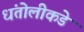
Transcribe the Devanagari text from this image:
धंतोलीकडे